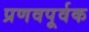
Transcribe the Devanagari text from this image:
प्रणवपूर्वक